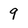
Character: 9